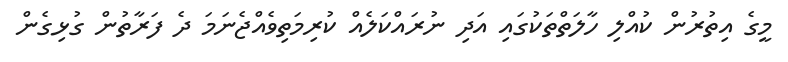
މީގެ އިތުރުން ކުއްލި ހާލަތްތަކުގައި އަދި ނުރައްކަލެއް ކުރިމަތިވެއްޖެނަމަ ދެ ފަރާތުން ގުޅިގެން